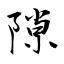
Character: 隙